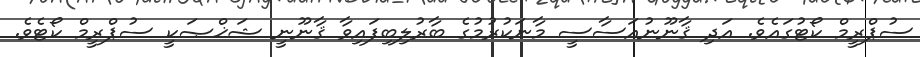
ސުޕްރީމް ކޯޓުގައެވެ. އަދި ޤާނޫނުއަސާސީ މާނަކުރުމުގެ ބާރުލިބިފައިވާ ޤާނޫނީ ޝަޚްޞަކީ ސުޕްރީމް ކޯޓެވެ.